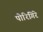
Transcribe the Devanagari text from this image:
पोरिगिरे